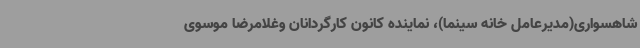
شاهسواری(مدیرعامل خانه سینما)، نماینده کانون کارگردانان وغلامرضا موسوی